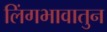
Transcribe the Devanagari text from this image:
लिंगभावातुन